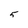
Character: 5